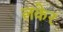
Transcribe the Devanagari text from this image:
लकेर